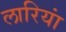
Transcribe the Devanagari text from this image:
लारियां